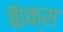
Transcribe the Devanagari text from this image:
बॅाक्स